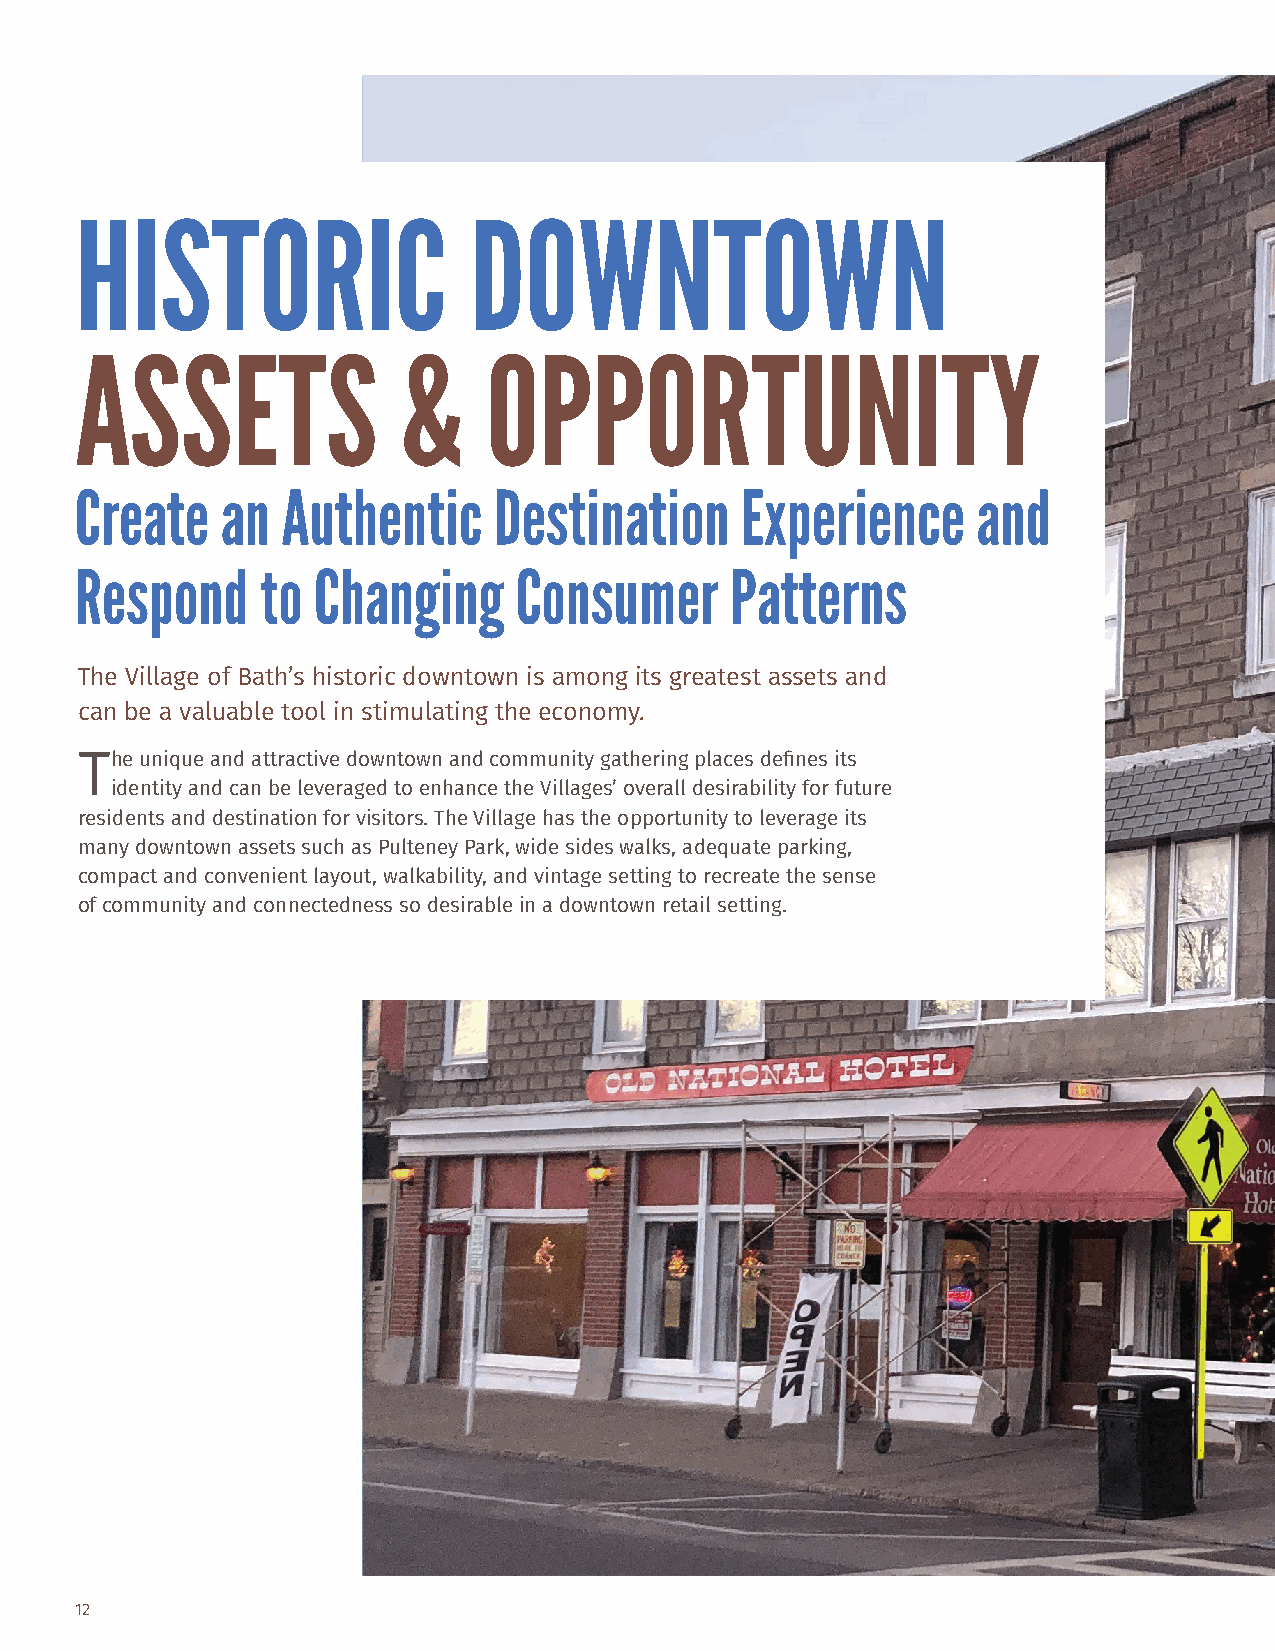
HISTORIC                  DOWNTOWN
 ASSETS                &    OPPORTUNITY
 Create    an  Authentic     Destination     Experience      and
 Respond     to  Changing     Consumer      Patterns
 The Village of Bath’s historic downtown is among its greatest assets and
 can be a valuable tool in stimulating the economy.
 The unique and attractive downtown and community gathering places defines its
 identity and can be leveraged to enhance the Villages’ overall desirability for future
 residents and destination for visitors. The Village has the opportunity to leverage its
 many downtown assets such as Pulteney Park, wide sides walks, adequate parking,
 compact and convenient layout, walkability, and vintage setting to recreate the sense
 of community and connectedness so desirable in a downtown retail setting.
 12